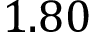
1 . 8 0